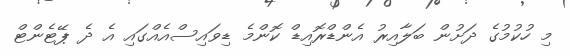
މި ހުކުމުގެ ދަށުން ބަލާއިރު އެންޑްރޮއިޑް ކޮންމެ ޑިވައިސްއެއްގައި އެ ދެ ޕޭޓެންޓް